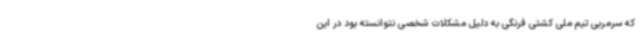
که سرمربی تیم ملی کشتی فرنگی به دلیل مشکلات شخصی نتوانسته بود در این